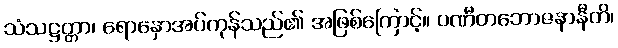
သံသဋ္ဌတ္တာ၊ ရောနှောအပ်ကုန်သည်၏ အဖြစ်ကြောင့်။ ပဏီတဘောဇနာနီတိ၊